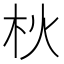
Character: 𣏹